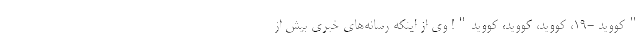
"کووید -۱۹، کووید، کووید، کووید"! وی از اینکه رسانه‌های خبری بیش از